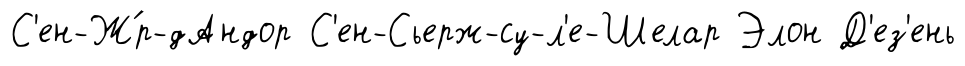
С'ен-Ж́р-дАндор С'ен-Сьерж-су-л'е-Шелар Элон Д'ез'ень